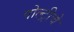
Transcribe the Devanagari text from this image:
पोल्ट्रीचे